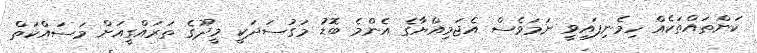
ކަންތައްތަކެއް ހިމެނިފައިވީ ނަމަވެސް އެޖަމިއްޔާގެ އެންމެ ބޮޑު މަގުސަދަކީ މީދޫގެ ތަރައްގީއަށް މަސައްކަތް